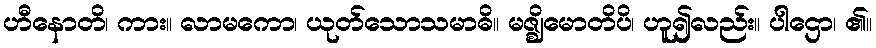
ဟီနောတိ၊ ကား။ လာမကော၊ ယုတ်သောသမာဓိ။ မဇ္ဈိမောတိပိ၊ ဟူ၍လည်း။ ပါဌော၊ ၏။